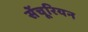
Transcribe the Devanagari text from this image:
सेंचूरियन